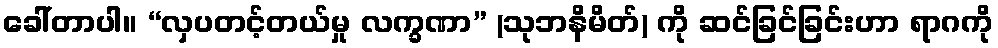
ခေါ်တာပါ။ “လှပတင့်တယ်မှု လက္ခဏာ” (သုဘနိမိတ်) ကို ဆင်ခြင်ခြင်းဟာ ရာဂကို